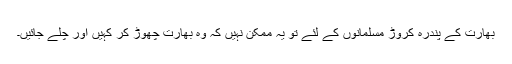
بھارت کے پندرہ کروڑ مسلمانوں کے لئے تو یہ ممکن نہیں کہ وہ بھارت چھوڑ کر کہیں اور چلے جائیں۔